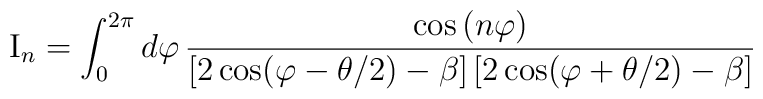
{\rm I}_n=\int_0^{2\pi }d\varphi \,\frac{\cos \,(n\varphi )}{\left[ 2\cos(\varphi -\theta /2)-\beta \right] \left[ 2\cos (\varphi +\theta /2)-\beta\right] }